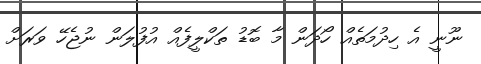
ނޫނީ އެ ހިދުމަތެއް ހޯދަން މާ ބޮޑު ތަކްލީފެއް އުފުލަން ނުޖެހޭ ވަރަށް